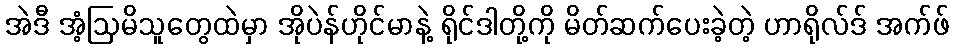
အဲဒီ အံ့ဩမိသူတွေထဲမှာ အိုပဲန်ဟိုင်မာနဲ့ ရိုင်ဒါတို့ကို မိတ်ဆက်ပေးခဲ့တဲ့ ဟာရိုလ်ဒ် အက်ဖ်